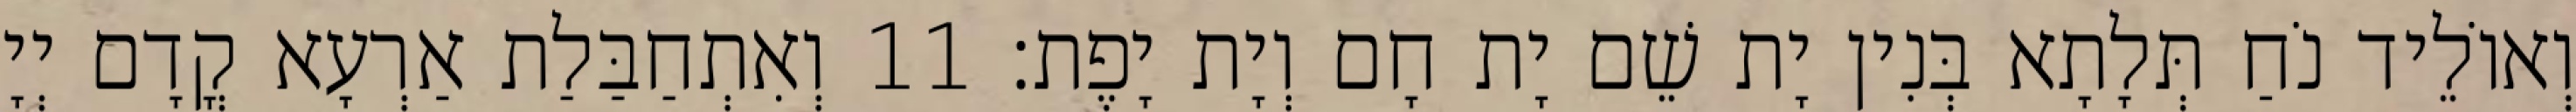
וְאוֹלֵיד נֹחַ תְּלָתָא בְּנִין יָת שֵׁם יָת חָם וְיָת יָפֶת׃ 11 וְאִתְחַבַּלַת אַרְעָא קֳדָם יְיָ